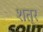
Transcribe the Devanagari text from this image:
शत्र